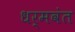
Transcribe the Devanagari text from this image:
धर्मवंत